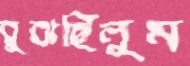
বুঝছিলুম